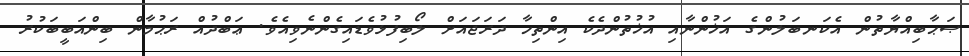
ޞަޙާބިއްޔާތުން އެކަނބަލުންގެ އަޚުންނާއި އުޚުތުންދެކެ އިންތިހާ ދަރަޖައަށް ލޯބިފުޅުވެޑައިގެންނެވިއެވެ. ޢަބްދުއް ރަޙުމާން ބިންއަބީބަކުރު